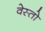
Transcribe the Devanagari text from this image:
वेस्तो